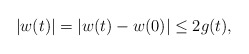
\begin{align*}|w(t)| = |w(t) - w(0)| \leq 2 g(t),\end{align*}